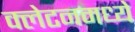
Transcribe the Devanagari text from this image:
क्लेटनमध्ये